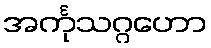
အင်္ကုသဂ္ဂဟော